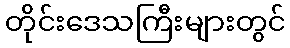
တိုင်းဒေသကြီးများတွင်